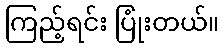
ကြည့်ရင်း ပြုံးတယ်။